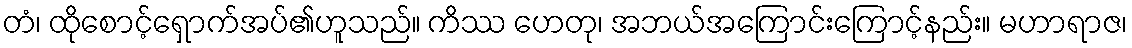
တံ၊ ထိုစောင့်ရှောက်အပ်၏ဟူသည်။ ကိဿ ဟေတု၊ အဘယ်အကြောင်းကြောင့်နည်း။ မဟာရာဇ၊